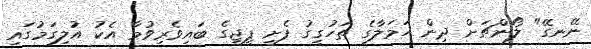
ނޭނގޭ" ލޯންޗަށް ދިން ހަމަލާގެ ތަހުގީގު ފެށީ ޕީޖީގެ ބައިވެރިވުމާ އެކު އުލިގަމުގައި